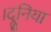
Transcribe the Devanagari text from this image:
।दूनिया